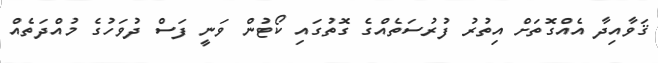
ޤަވާއިދާ އެއްގޮތަށް އިތުރު ފުރުސަތެއްގެ ގޮތުގައި ކޯޓުން ވަނީ ފަސް ދުވަހުގެ މުއްދަތެއް